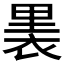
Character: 𧚣